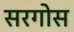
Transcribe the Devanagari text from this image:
सरगोस